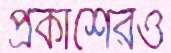
প্রকাশেরও